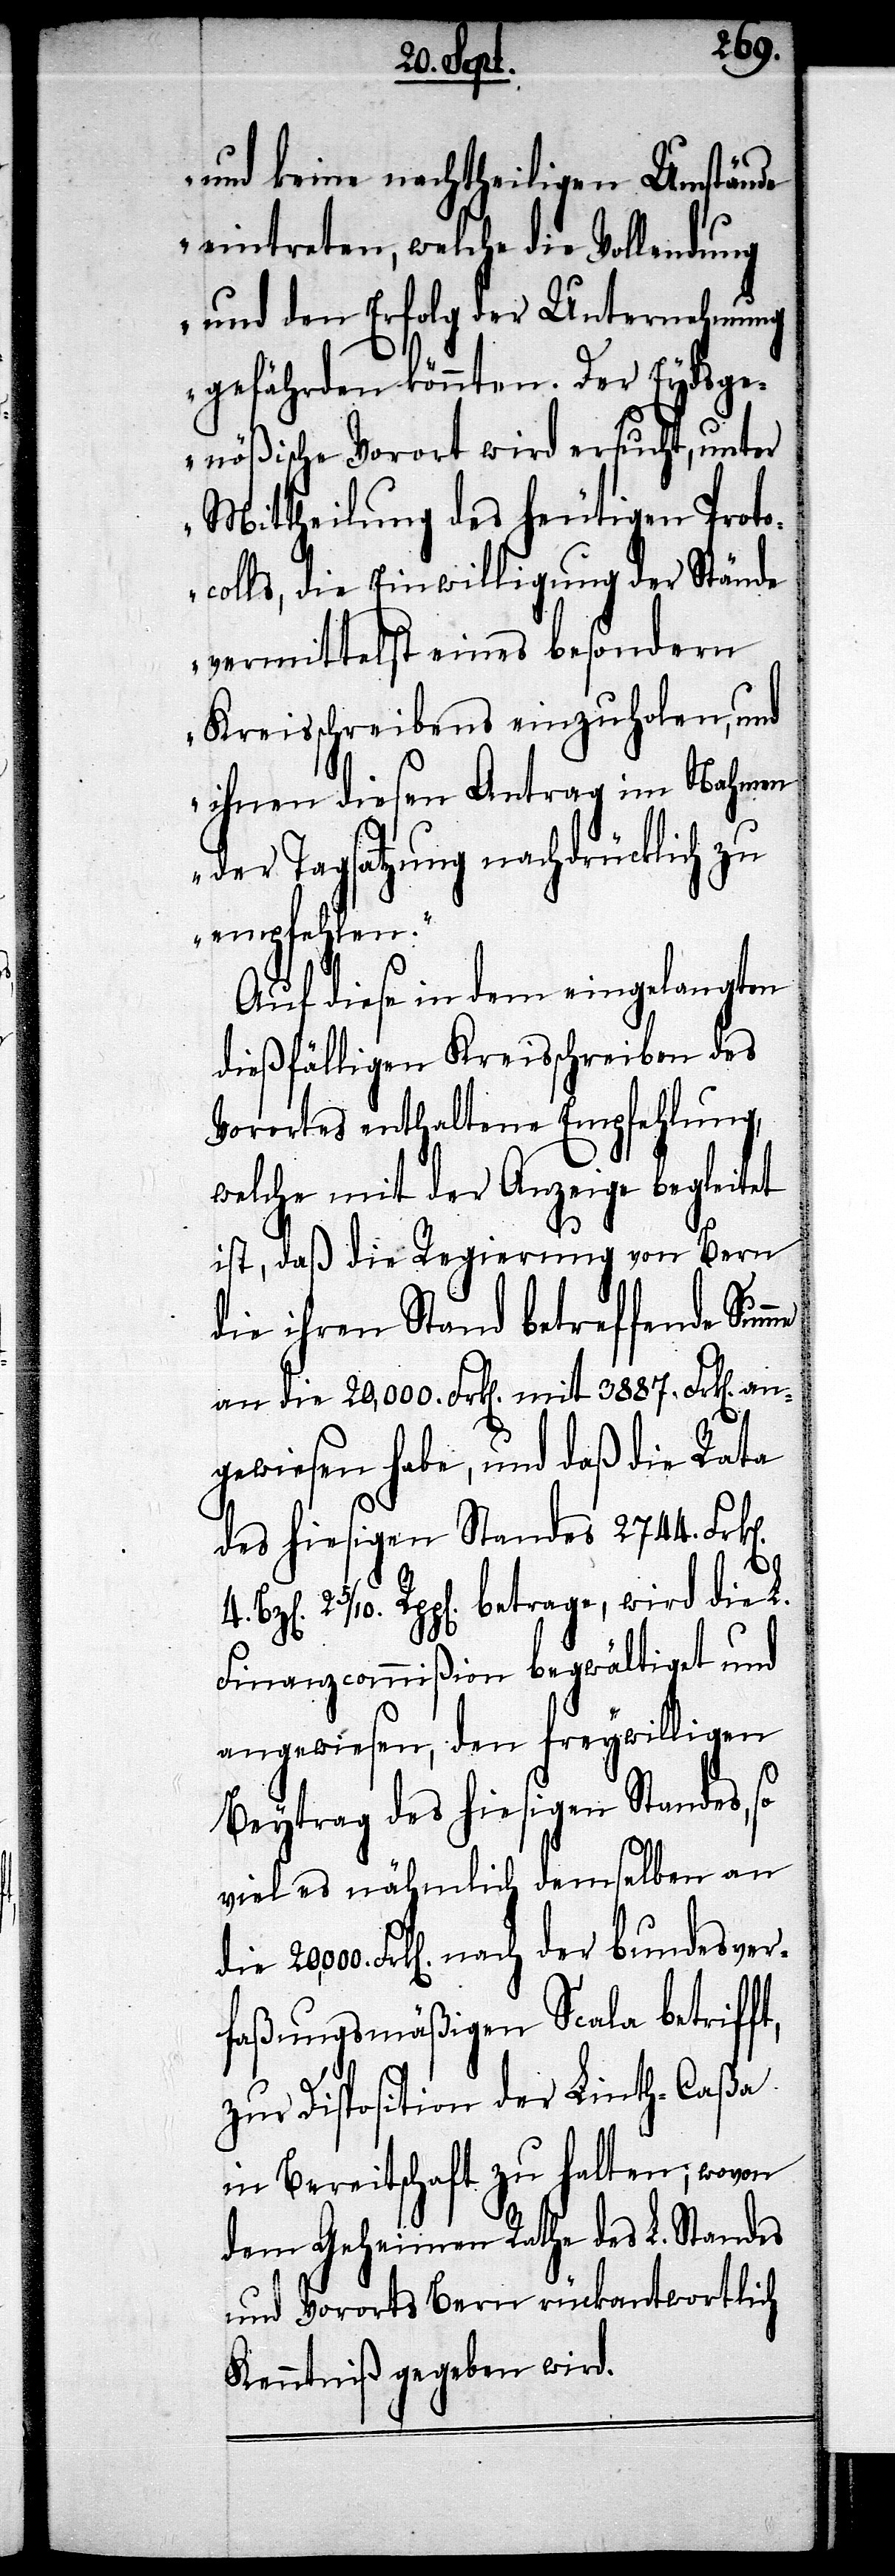
k[en].
und keine nachtheiligen Umstände
eintreten, welche die Vollendung
und den Erfolg der Unternehmung
gefährden könnten. Der Eydsge¬
nößische Vorort wird ersucht, unter
Mittheilung des heutigen Prot¬
ocolls, die Einwilligung der Stände
vermittelst eines besondern
Kreisschreibens einzuholen, und
ihnen diesen Antrag im Nahmen
der Tagsatzung nachdrücklich zu
empfehlen.“
Auf diese in dem eingelangten
dießfälligen Kreisschreiben des
Vorortes enthaltene Empfehlung,
welche mit der Anzeige begleitet
ist, daß die Regierung von Bern
die ihren Stand betreffende Sum¬
an die 20,000. Frk[en]. mit 3887. Frk[en].
angewiesen habe, und daß die Rata
des hiesigen Standes 2744. Fr¬
2 5/10. Rpp[en]. betrage, wird die L.
Finanzcommißion bewältigt und
angewiesen, den freywilligen
Beytrag des hiesigen Standes, so
viel es nähmlich demselben an
Frk[en]. nach der bundesver¬
faßungsmäßigen Scala betrifft,
zur Disposition der Linth-Caßa
in Bereitschaft zu halten; wovon
dem Geheimen Rathe des L. Standes
und Vororts Bern rückantwortlich
Kenntniß gegeben wird.